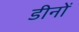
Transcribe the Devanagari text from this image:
डीनों